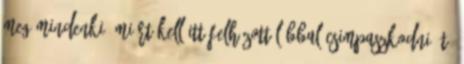
meg mindenki, miért kell itt felhúzott lábbal csimpaszkodni át,